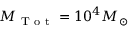
M _ { \mathrm { ~ T ~ o ~ t ~ } } = 1 0 ^ { 4 } M _ { \odot }